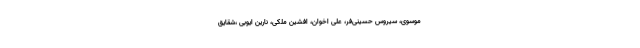
موسوی، سیروس حسینی‌فر، علی اخوان، افشین ملکی، نارین ایوبی ،شقایق